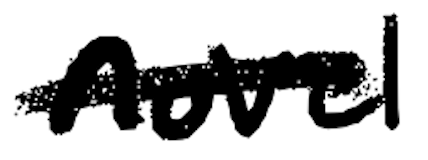
Text: novel
Cross-out: single-line
Writing tool: digital_black